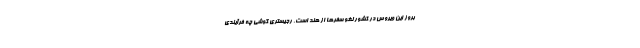
بروز این ویروس در کشور لغو سفرها از هند است. رجیستری گوشی چه فرآیندی